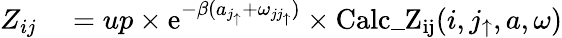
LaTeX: \begin{array}{rl}{Z_{ij}}&{{}=\textit{up}\times\textnormal{e}^{-\beta(a_{j_{\uparrow}}+\omega_{jj_{\uparrow}})}\times\mathrm{Calc\_ Z_{ij}}(i,j_{\uparrow},a,\omega)}\end{array}